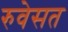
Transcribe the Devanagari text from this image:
रुवेसत